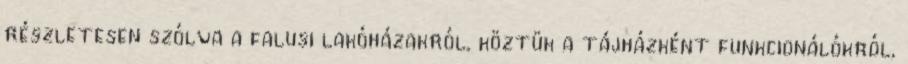
részletesen szólva a falusi lakóházakról, köztük a tájházként funkcionálókról,